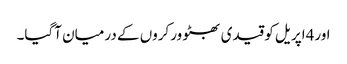
اور4اپریل کو قیدی بھٹو ورکروں کے درمیان آگیا۔